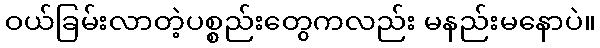
ဝယ်ခြမ်းလာတဲ့ပစ္စည်းတွေကလည်း မနည်းမနောပဲ။